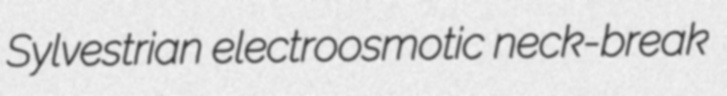
Sylvestrian electroosmotic neck-break